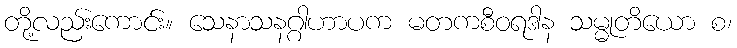
တို့လည်းကောင်း။ သေနာသနဂ္ဂါဟာပက မတကစီဝရဒါန သမ္မုတိယော စ၊